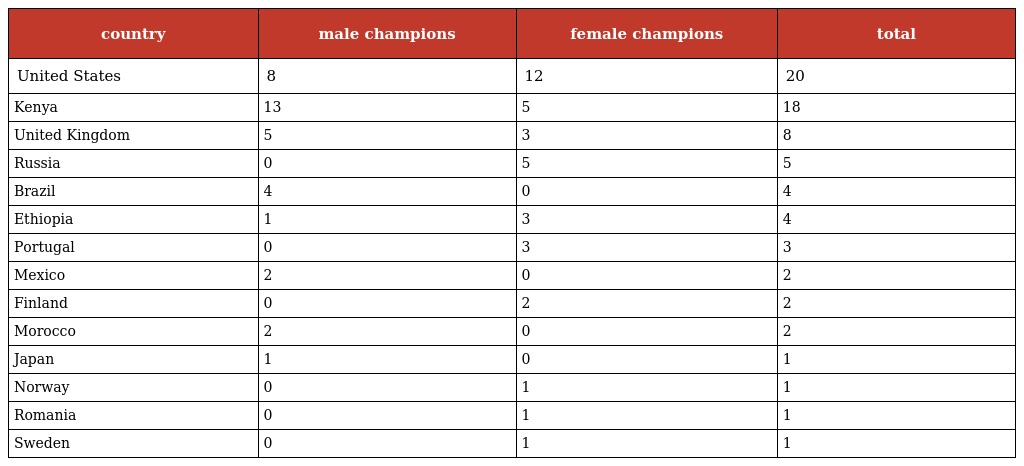
| country | male champions | female champions | total |
 | --- | --- | --- | --- |
 | United States | 8 | 12 | 20 |
 | Kenya | 13 | 5 | 18 |
 | United Kingdom | 5 | 3 | 8 |
 | Russia | 0 | 5 | 5 |
 | Brazil | 4 | 0 | 4 |
 | Ethiopia | 1 | 3 | 4 |
 | Portugal | 0 | 3 | 3 |
 | Mexico | 2 | 0 | 2 |
 | Finland | 0 | 2 | 2 |
 | Morocco | 2 | 0 | 2 |
 | Japan | 1 | 0 | 1 |
 | Norway | 0 | 1 | 1 |
 | Romania | 0 | 1 | 1 |
 | Sweden | 0 | 1 | 1 |